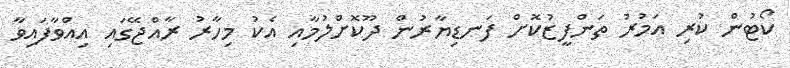
ކޯޓުން ކުރި އަމުރު ތަންފީޒުކޮށް ފަނޑިޔާރުން ދޫކޮށްލުމާއި އެކު މިހާރު ރާއްޖޭގައި އިއްވާފައިވާ